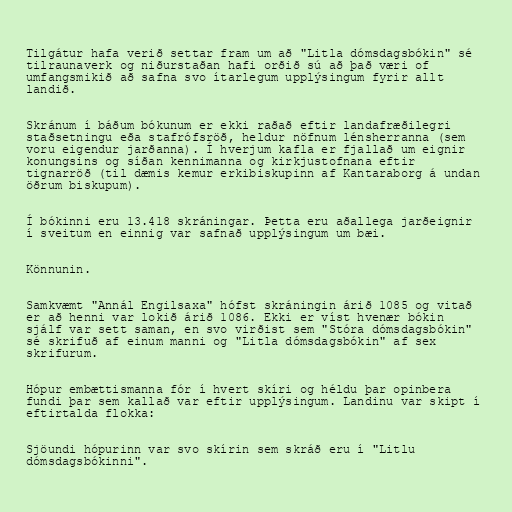
Tilgátur hafa verið settar fram um að "Litla dómsdagsbókin" sé
tilraunaverk og niðurstaðan hafi orðið sú að það væri of
umfangsmikið að safna svo ítarlegum upplýsingum fyrir allt
landið.

Skránum í báðum bókunum er ekki raðað eftir landafræðilegri
staðsetningu eða stafrófsröð, heldur nöfnum lénsherranna (sem
voru eigendur jarðanna). Í hverjum kafla er fjallað um eignir
konungsins og síðan kennimanna og kirkjustofnana eftir
tignarröð (til dæmis kemur erkibiskupinn af Kantaraborg á undan
öðrum biskupum).

Í bókinni eru 13.418 skráningar. Þetta eru aðallega jarðeignir
í sveitum en einnig var safnað upplýsingum um bæi.

Könnunin.

Samkvæmt "Annál Engilsaxa" hófst skráningin árið 1085 og vitað
er að henni var lokið árið 1086. Ekki er víst hvenær bókin
sjálf var sett saman, en svo virðist sem "Stóra dómsdagsbókin"
sé skrifuð af einum manni og "Litla dómsdagsbókin" af sex
skrifurum.

Hópur embættismanna fór í hvert skíri og héldu þar opinbera
fundi þar sem kallað var eftir upplýsingum. Landinu var skipt í
eftirtalda flokka:

Sjöundi hópurinn var svo skírin sem skráð eru í "Litlu
dómsdagsbókinni".